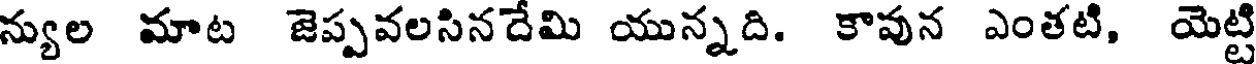
న్యుల మాట జెప్పవలసినదేమి యున్నది. కావున ఎంతటి, యెట్టి